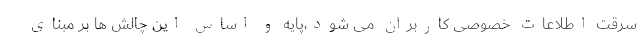
سرقت اطلاعات خصوصی کاربران می شود،پایه و اساس این چالش ها بر مبنای